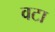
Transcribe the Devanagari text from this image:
वटा